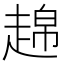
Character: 𧼣